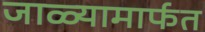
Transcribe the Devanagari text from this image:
जाळ्यामार्फत